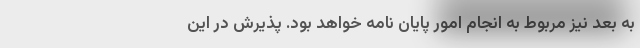
به بعد نیز مربوط به انجام امور پایان نامه خواهد بود. پذیرش در این